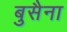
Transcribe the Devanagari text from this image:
बुसैना